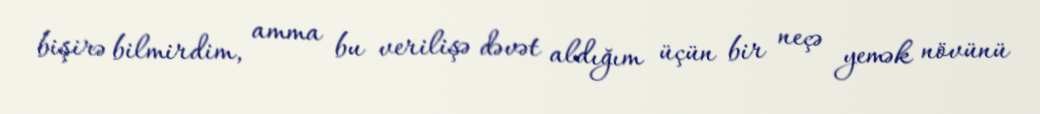
bişirə bilmirdim, amma bu verilişə dəvət aldığım üçün bir neçə yemək növünü